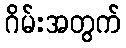
ဂိမ်းအတွက်